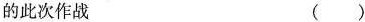
的此次作战 ( )